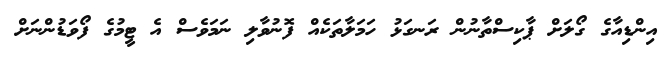
އިންޑިއާގެ ގޯލަށް ޕާކިސްތާނުން ރަނގަޅު ހަމަލާތަކެއް ފޮނުވާލި ނަމަވެސް އެ ޓީމުގެ ފޯވަޑުންނަށް